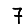
Digit: 7